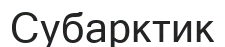
Субарктик